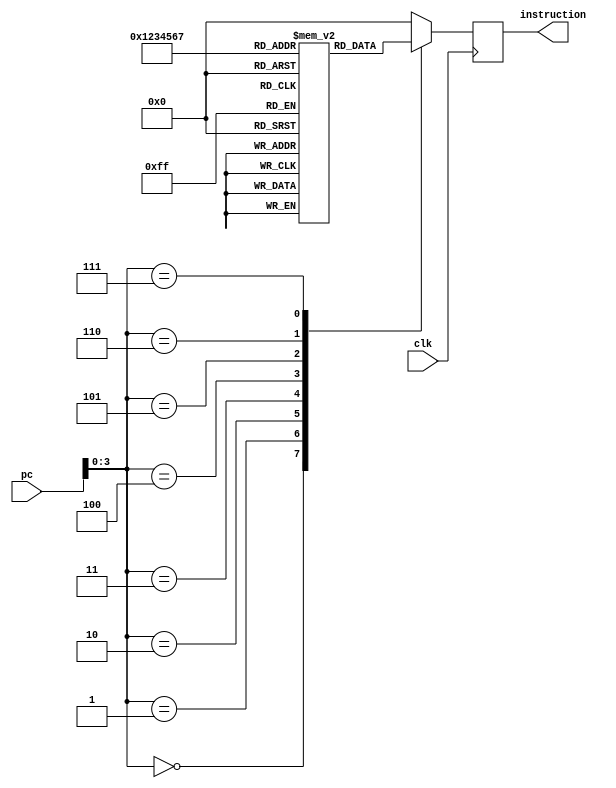
module instr_mem(clk,pc,instruction);            
input clk;  
input  [7:0]pc;  
output reg  [7:0]instruction;  
//output reg [1:0]addr1,addr2;
  
wire   [3 : 0] rom_addr = pc[3 : 0];  
	 
      reg [7:0] rom[15:0];
		
initial 
begin
                rom[0] = 8'b00000001;  
                rom[1] = 8'b00101110;  //sub d-c
				    rom[2] = 8'b00111110;  //nor d,c
                rom[3] = 8'b00101110;  //and d,c
				    rom[4] = 8'b00010001;  
                rom[5] = 8'b00101001;
					 rom[6] = 8'b00100001;
				    rom[7] = 8'b00000101;           
					 
					 rom[8] = 8'b00000000;
					 rom[9] = 8'b00000000;
					 rom[10] = 8'b00000000;
					 rom[11] = 8'b00000000;
					 rom[12] = 8'b00000000;
					 rom[13] = 8'b00000000;
					 rom[14] = 8'b00000000;
					 rom[15] = 8'b00000000;			
					
end

always @(posedge clk)  
 begin   
      case(rom_addr)  
      4'b0000: instruction = rom[0];
      4'b0001: instruction = rom[1];
		4'b0010: instruction = rom[2];
		4'b0011: instruction = rom[3];
		4'b0100: instruction = rom[4];
		4'b0101: instruction = rom[5];
		4'b0110: instruction = rom[6];
		4'b0111: instruction = rom[7];
     					
      default:instruction = 8'b00000000;// add  
      endcase  
 
end    
endmodule